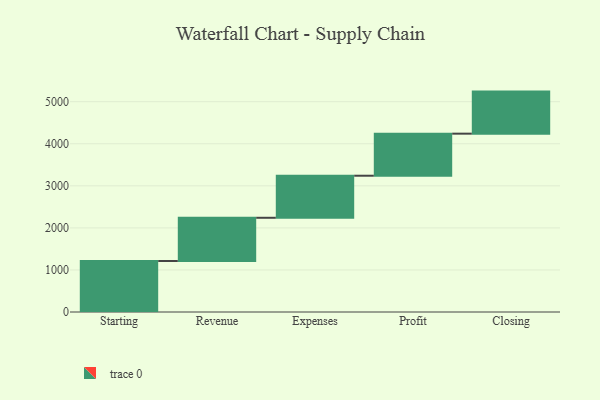
{"axis": {"x": "Step", "y": "Value"}, "legend": [""], "data": [{"x": "Starting", "y": 1212.0, "type": ""}, {"x": "Revenue", "y": 1028.0, "type": ""}, {"x": "Expenses", "y": 1000, "type": ""}, {"x": "Profit", "y": 1000, "type": ""}, {"x": "Closing", "y": 1000, "type": ""}]}